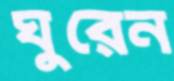
ঘুরেন